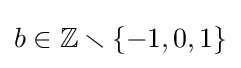
b\in \mathbb {Z} \smallsetminus \{-1,0,1\}